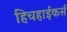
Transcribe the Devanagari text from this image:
हिचहाईकर्स